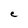
Character: C